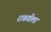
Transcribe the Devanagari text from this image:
राबवीला